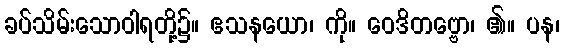
ခပ်သိမ်းသောဝါရတို့၌။ ဧသနယော၊ ကို။ ဝေဒိတဗ္ဗော၊ ၏။ ပန၊